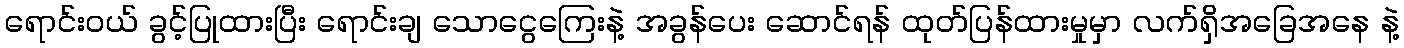
ရောင်းဝယ် ခွင့်ပြုထားပြီး ရောင်းချ သောငွေကြေးနဲ့ အခွန်ပေး ဆောင်ရန် ထုတ်ပြန်ထားမှုမှာ လက်ရှိအခြေအနေ နဲ့